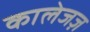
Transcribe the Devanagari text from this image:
कालेजज़